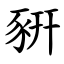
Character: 豣